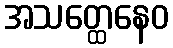
အသတ္ထေနေဝ